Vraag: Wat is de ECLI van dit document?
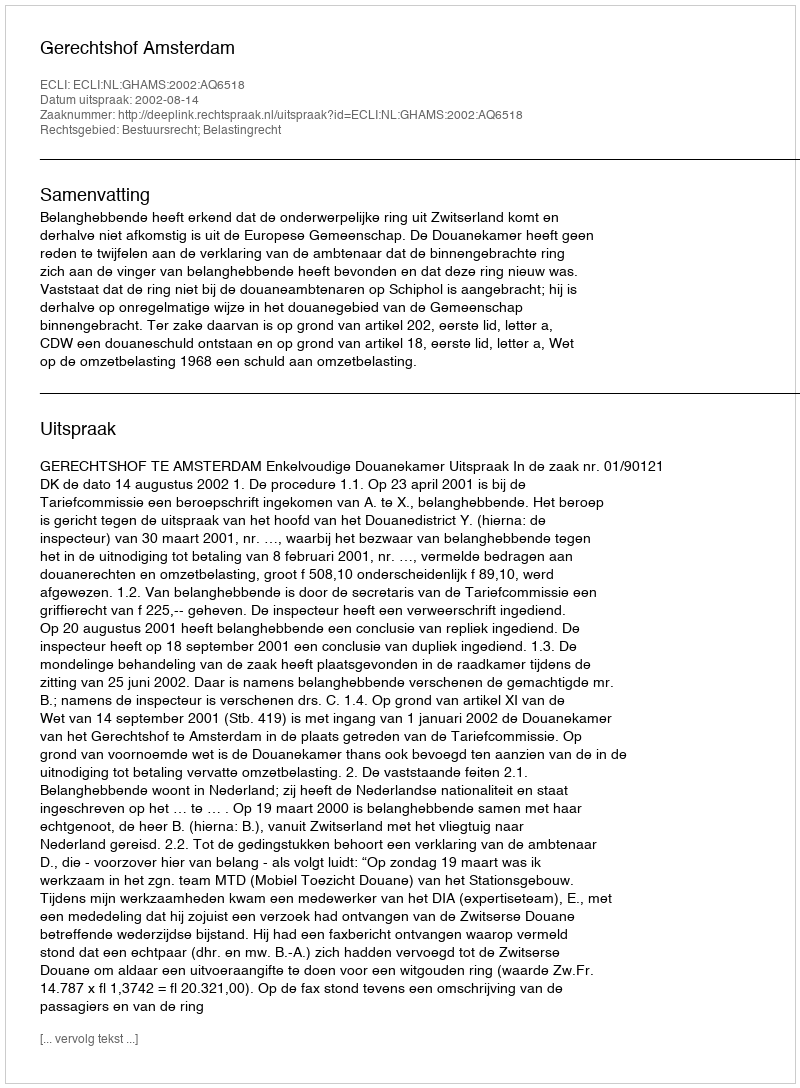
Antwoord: ECLI:NL:GHAMS:2002:AQ6518